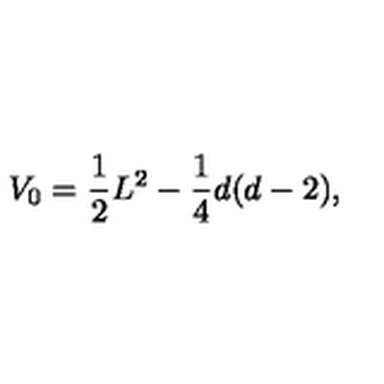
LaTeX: V _ { 0 } = \frac { 1 } { 2 } L ^ { 2 } - \frac { 1 } { 4 } d ( d - 2 ) ,